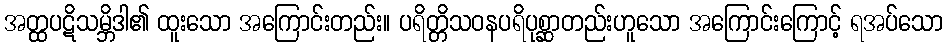
အတ္ထပဋိသမ္ဘိဒါ၏ ထူးသော အကြောင်းတည်း။ ပရိတ္တိသဝနပရိပုစ္ဆာတည်းဟူသော အကြောင်းကြောင့် ရအပ်သော